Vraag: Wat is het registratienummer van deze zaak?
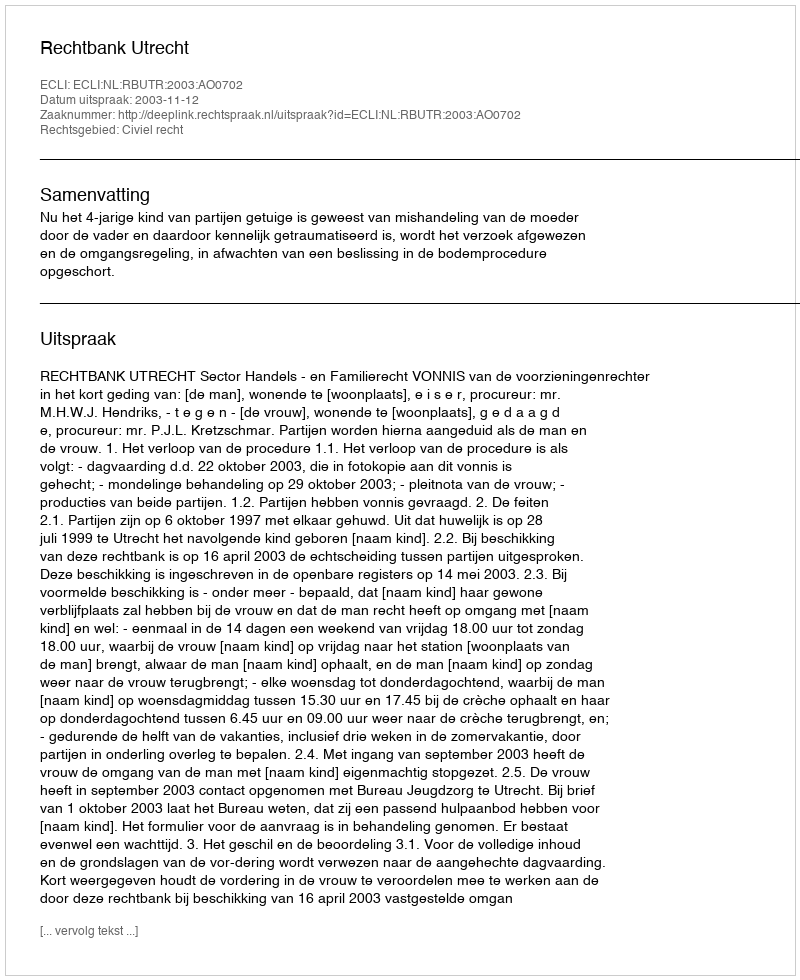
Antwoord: http://deeplink.rechtspraak.nl/uitspraak?id=ECLI:NL:RBUTR:2003:AO0702